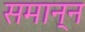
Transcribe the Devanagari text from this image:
समान्न